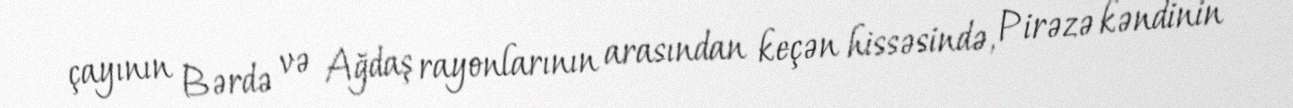
çayının Bərdə və Ağdaş rayonlarının arasından keçən hissəsində, Pirəzə kəndinin